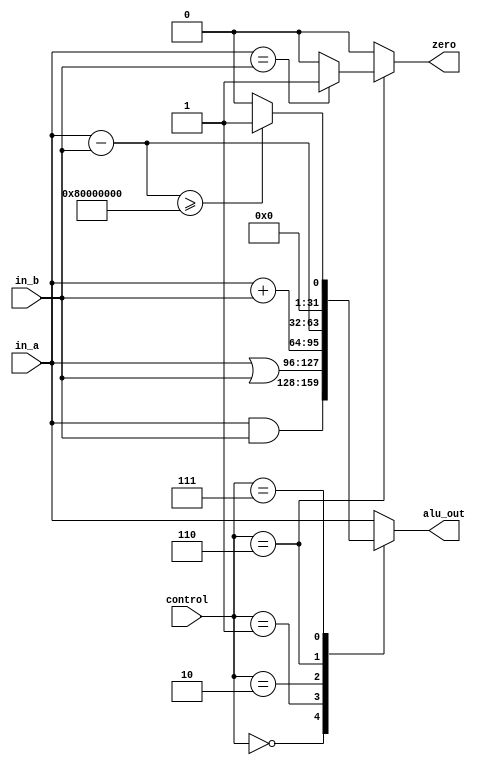
// 32-bit alu
// data input width: 2 32-bit
// data output width: 1 32-bit and one "zero" output
// control: 4-bit
// zero: output 1 if all bits of data output is 0
module alu (in_a, in_b, alu_out, zero, control);
	input [31:0] in_a, in_b;
	output [31:0] alu_out;
	output zero;
	reg zero;
	reg [31:0] alu_out;
	input [3:0] control;
	always @ (control or in_a or in_b)
	begin
		case (control)
		4'b0000:begin zero<=0; alu_out<=in_a&in_b; end
		4'b0001:begin zero<=0; alu_out<=in_a|in_b; end
		4'b0010:begin zero<=0; alu_out<=in_a+in_b; end
		4'b0110:begin if(in_a==in_b) zero<=1; else zero<=0; alu_out<=in_a-in_b; end
		4'b0111:begin zero<=0; if(in_a-in_b>=32'h8000_0000) alu_out<=32'b1; else alu_out<=32'b0; end// how to implement signed number
		default: begin zero<=0; alu_out<=in_a; end
		endcase
	end
endmodule